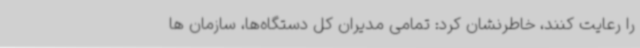
را رعایت کنند، خاطرنشان کرد: تمامی مدیران کل دستگاه‌ها، سازمان ها